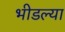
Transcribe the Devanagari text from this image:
भीडल्या